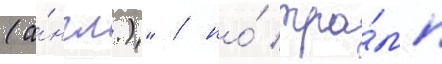
(а́нгл.)" / но́ тра́мп